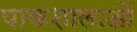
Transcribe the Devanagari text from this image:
पाकशालाओं